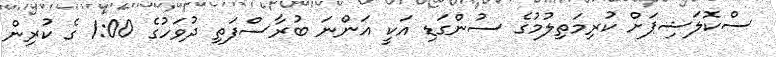
ސްކޮލަޝިޕަށް ކުރިމަތިލުމުގެ ސުންގަޑި އަކީ އަންނަ ބުރާސްފަތި ދުވަހުގެ 1:00 ގެ ކުރިން